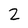
Character: 2